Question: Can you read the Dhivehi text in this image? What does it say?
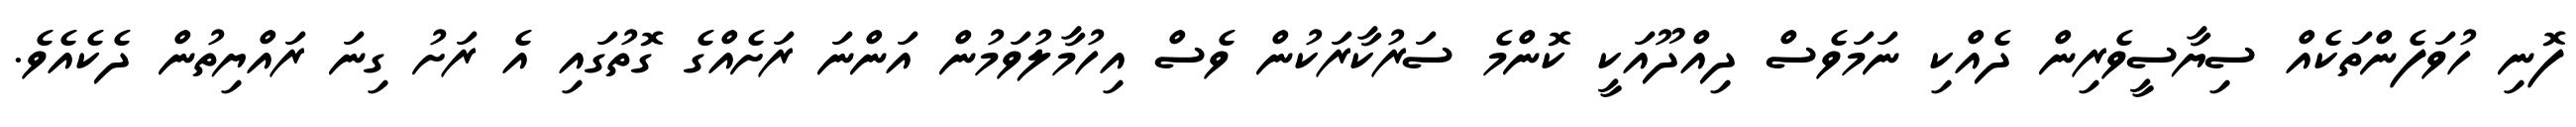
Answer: ފޮނި ހުވަފެންތަކެއް ސިޔާސީވެރިން ދެއްކި ނަމަވެސް ދިއްދޫއަކީ ކޮންމެ ސަރުކާރަކުން ވެސް އިހުމާލުވަމުން އަންނަ ރަށެއްގެ ގޮތުގައި އެ ރަށު ގިނަ ރައްޔިތުން ދެކެއެވެ.